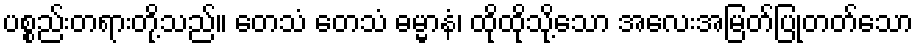
ပစ္စည်းတရားတို့သည်။ တေသံ တေသံ ဓမ္မာနံ၊ ထိုထိုသို့သော အလေးအမြတ်ပြုတတ်သော